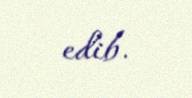
edib.